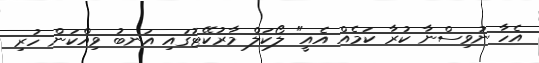
އެހާ ނުވިސްނާ ކުރާ ކަމެއް އެއީ" ލޯކަލް މާރުކޭޓުގައި އަނބު ވިއްކަން ހުރި